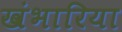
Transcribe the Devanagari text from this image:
खंभारिया